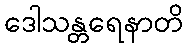
ဒေါသန္တရေနာတိ